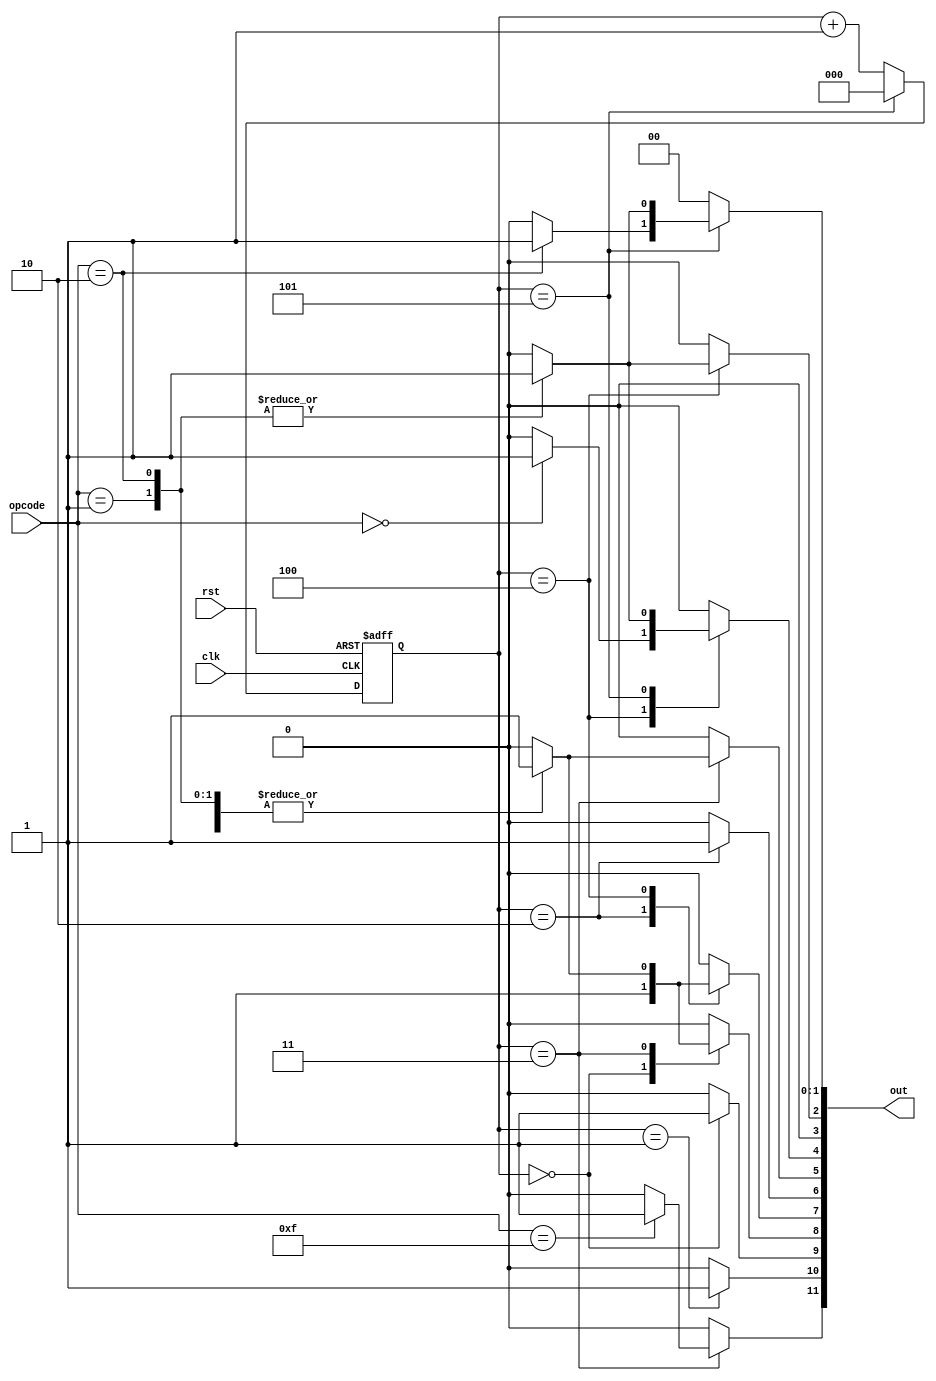
/*
Control signals:
	hlt: halt execution
	pc_inc: increment program counter
	pc_en: put value of the pc onto the bus
	mar_load: load address into memory address register
	mem_en: put value from memory into the bus
	ir_load: load value from bus into intruction register
	ir_en: put value in ir onto the bus
	a_load: load value from bus into A register
	a_en: put value in A onto the bus
	b_load: load value from bus into B register
	adder_sub: subtract value in B from A
	adder_en: put value in adder onto the bus
*/

module controller(
	input clk,
	input rst,
	input[3:0] opcode,

	output[11:0] out
);

	localparam HLT = 11;
	localparam PC_INC = 10;
	localparam PC_EN = 9;
	localparam MAR_LOAD = 8;
	localparam MEM_EN = 7;
	localparam IR_LOAD = 6;
	localparam IR_EN = 5;
	localparam A_LOAD = 4;
	localparam A_EN = 3;
	localparam B_LOAD = 2;
	localparam ADDER_SUB = 1;
	localparam ADDER_EN = 0;

	localparam OP_LDA = 4'b0000;
	localparam OP_ADD = 4'b0001;
	localparam OP_SUB = 4'b0010;
	localparam OP_HLT = 4'b1111;

	reg[2:0] stage;
	reg[11:0] ctrl_word;

	always @ (posedge clk, posedge rst)
	begin
		if (rst)
		begin
			stage <= 0;
		end else 
		begin
			if (stage == 5)
			begin
				stage <= 0;
			end else
			begin
				stage <= stage + 1;
			end
		end
	end

	always @ (*)
	begin
		ctrl_word = 12'b0;

		case (stage)
			0:
				begin
					ctrl_word[PC_EN] = 1;
					ctrl_word[MAR_LOAD] = 1;
				end
			1:
				begin
					ctrl_word[PC_INC] = 1;
				end

			2: 
				begin
					ctrl_word[MEM_EN] = 1;
					ctrl_word[IR_LOAD] = 1;
				end

			3:
				begin
					case (opcode)
						OP_LDA: 
                            begin
                                ctrl_word[IR_EN] = 1;
                                ctrl_word[MAR_LOAD] = 1;
                            end

                        OP_ADD: 
                            begin
                                ctrl_word[IR_EN] = 1;
                                ctrl_word[MAR_LOAD] = 1;
                            end

                        OP_SUB: 
                            begin
                                ctrl_word[IR_EN] = 1;
                                ctrl_word[MAR_LOAD] = 1;
                            end

                        OP_HLT: 
                            begin
                                ctrl_word[HLT] = 1;
                            end
                    endcase
				end
            4: 
                begin
                    case (opcode)
                        OP_LDA: 
                            begin
                                ctrl_word[MEM_EN] = 1;
                                ctrl_word[A_LOAD] = 1;
                            end

                        OP_ADD: 
                            begin
                                ctrl_word[MEM_EN] = 1;
                                ctrl_word[B_LOAD] = 1;
                            end

                        OP_SUB: 
                            begin
                                ctrl_word[MEM_EN] = 1;
                                ctrl_word[B_LOAD] = 1;
                            end
                    endcase
                end

            5: 
                begin
                    case (opcode)
                        OP_ADD: 
                            begin
                                ctrl_word[ADDER_EN] = 1;
                                ctrl_word[A_LOAD] = 1;
                            end

                        OP_SUB:
                            begin
                                ctrl_word[ADDER_SUB] = 1;
                                ctrl_word[ADDER_EN] = 1;
                                ctrl_word[A_LOAD] = 1;
                            end
                    endcase
                end
        endcase
	end

    assign out = ctrl_word;

endmodule